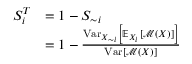
\begin{array} { r l } { S _ { i } ^ { T } } & { = 1 - S _ { \sim i } } \\ & { = 1 - \frac { \operatorname { V a r } _ { X _ { \sim i } } \left[ \mathbb { E } _ { X _ { i } } \left[ \mathcal { M } \left( \boldsymbol { X } \right) \right] \right] } { \operatorname { V a r } \left[ \mathcal { M } \left( \boldsymbol { X } \right) \right] } } \end{array}